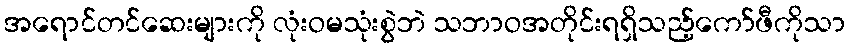
အရောင်တင်ဆေးများကို လုံးဝမသုံးစွဲဘဲ သဘာဝအတိုင်းရရှိသည့်ကော်ဖီကိုသာ